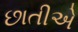
છાતીએ